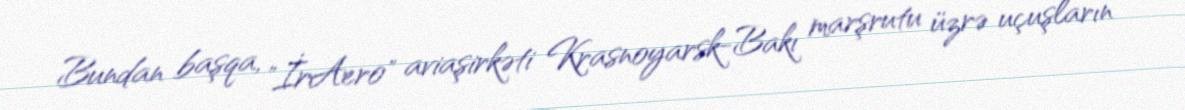
Bundan başqa, "İrAero" aviaşirkəti Krasnoyarsk-Bakı marşrutu üzrə uçuşların